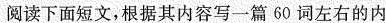
阅读下面短文,根据其内容写一篇 60 词左右的内